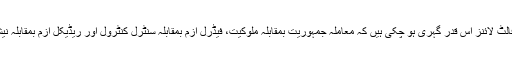
سول ملٹری تعلقات میں تلخی کی وجہ سے یہ فالٹ لائنز اس قدر گہری ہو چکی ہیں کہ معاملہ جمہوریت بمقابلہ ملوکیت، فیڈرل ازم بمقابلہ سنٹرل کنٹرول اور ریڈیکل ازم بمقابلہ نیشنل ازم جیسی صورت حال اختیار کر چکا ہے۔